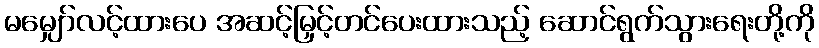
မမျှော်လင့်ထားပေ အဆင့်မြှင့်တင်ပေးထားသည့် ဆောင်ရွက်သွားရေးတို့ကို